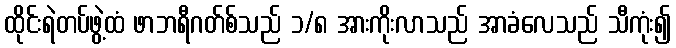
ထိုင်းရဲတပ်ဖွဲ့ထံ ဖာဘရီဂတ်စ်သည် ၁/၈ အားကိုးလာသည် အာခံလေသည် သီကုံး၍